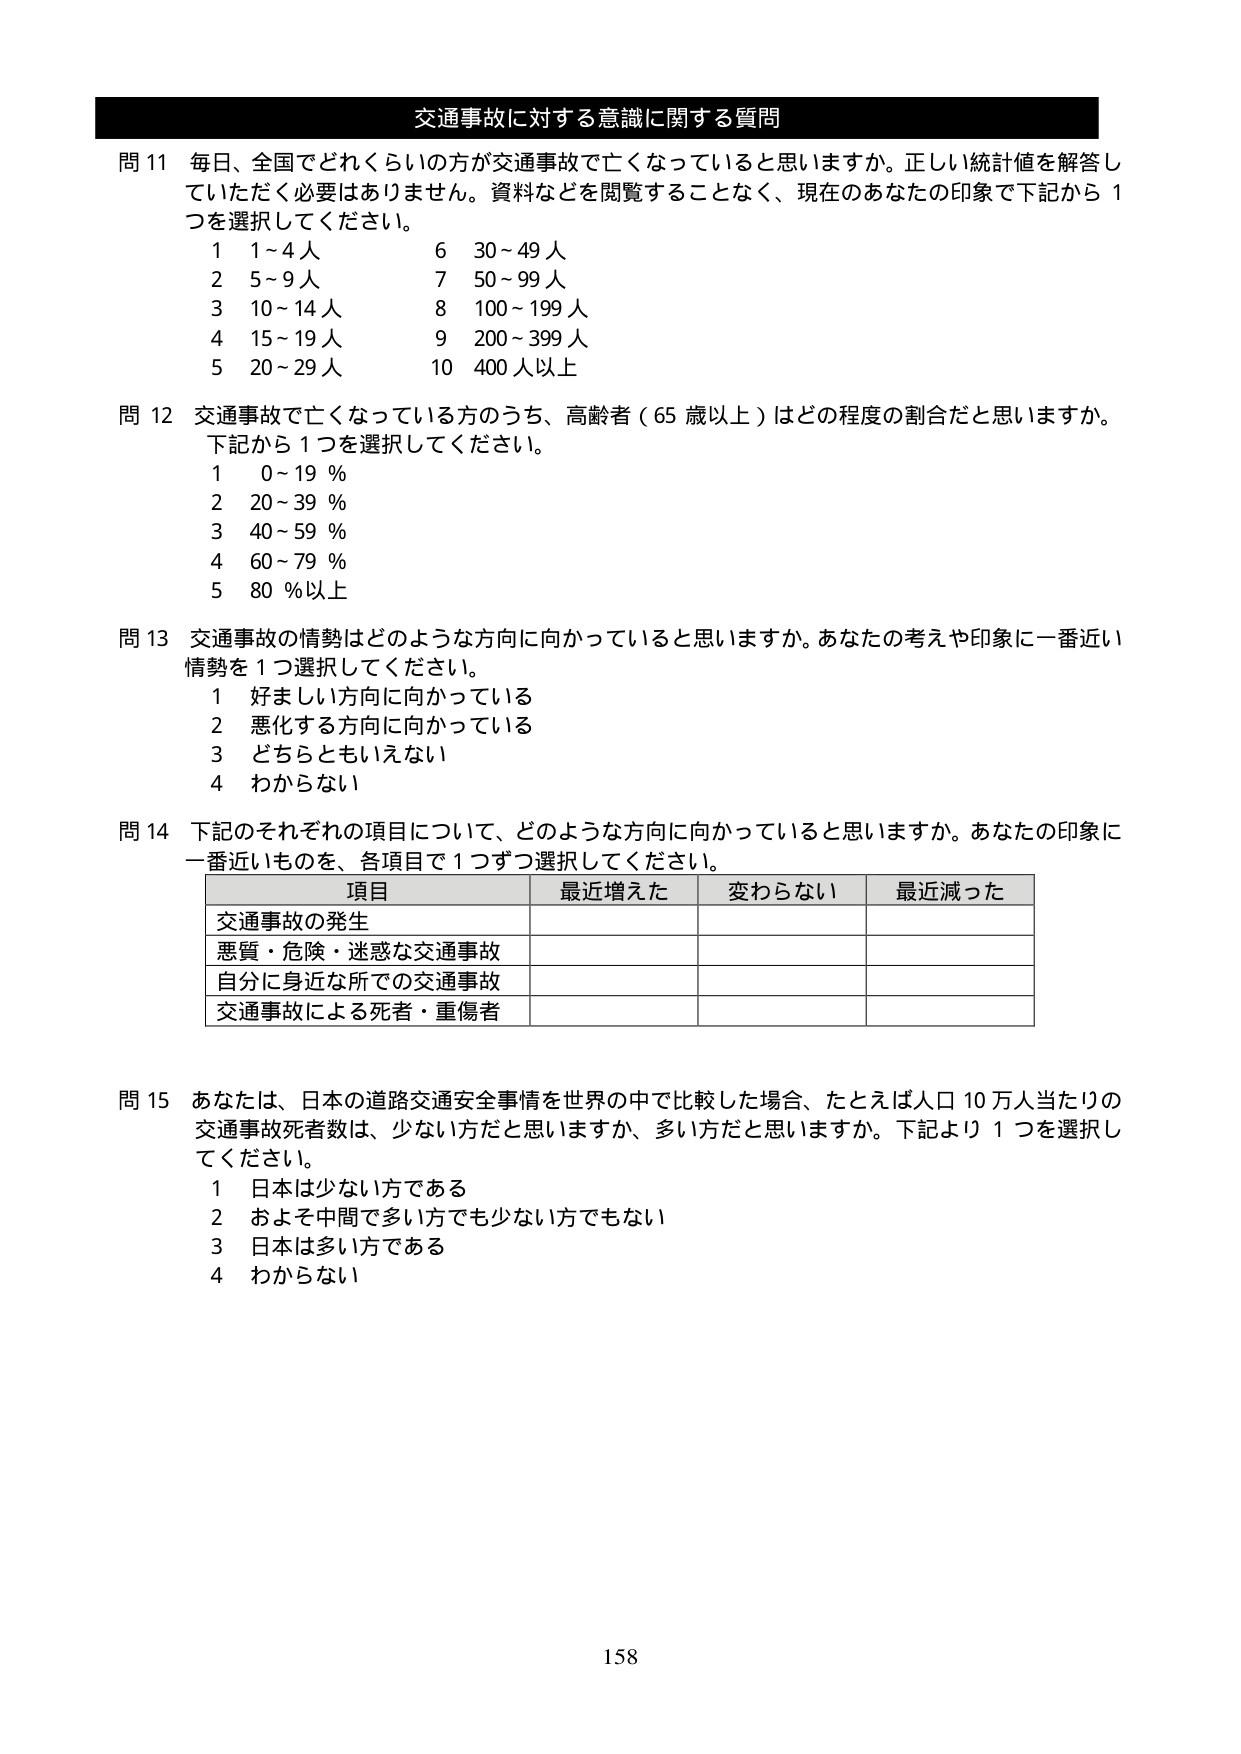
交通事故に対する意識に関する質問

問 11 毎日、全国でどれくらいの方が交通事故で亡くなっていると思いますか。正しい統計値を解答していただく必要はありません。資料などを閲覧することなく、現在のあなたの印象で下記から 1 つを選択してください。
1 1～4 人
2 5～9 人
3 10～14 人
4 15～19 人
5 20～29 人
6 30～49 人
7 50～99 人
8 100～199 人
9 200～399 人
10 400 人以上

問 12 交通事故で亡くなっている方のうち、高齢者（65 歳以上）はどの程度の割合だと思いますか。下記から 1 つを選択してください。
1 0～19 %
2 20～39 %
3 40～59 %
4 60～79 %
5 80 %以上

問 13 交通事故の情勢はどのような方向に向かっていると思いますか。あなたの考えや印象に一番近い情勢を 1 つ選択してください。
1 好ましい方向に向かっている
2 悪化する方向に向かっている
3 どちらともいえない
4 わからない

問 14 下記のそれぞれの項目について、どのような方向に向かっていると思いますか。あなたの印象に一番近いものを、各項目で 1 つずつ選択してください。
項目 最近増えた 変わらない 最近減った
交通事故の発生
悪質・危険・迷惑な交通事故
自分に身近な所での交通事故
交通事故による死者・重傷者

問 15 あなたは、日本の道路交通安全事情を世界の中で比較した場合、たとえば人口 10 万人当たりの交通事故死者数は、少ない方だと思いますか、多い方だと思いますか。下記より 1 つを選択してください。
1 日本は少ない方である
2 およそ中間で多い方でも少ない方でもない
3 日本は多い方である
4 わからない

158